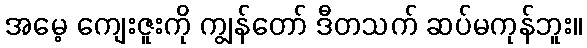
အမေ့ ကျေးဇူးကို ကျွန်တော် ဒီတသက် ဆပ်မကုန်ဘူး။